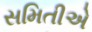
સમિતીએ